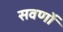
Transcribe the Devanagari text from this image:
सवर्णो